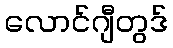
လောင်ဂျီတွဒ်